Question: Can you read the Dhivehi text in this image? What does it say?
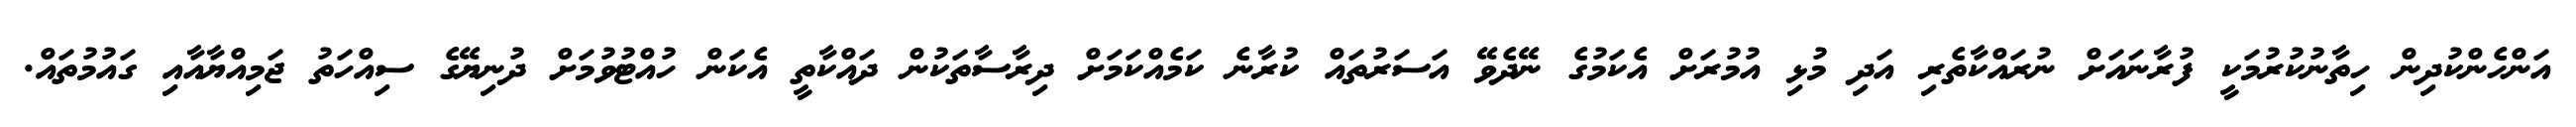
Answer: އަންހެންކުދިން ހިތާނުކުރުމަކީ ފުރާނައަށް ނުރައްކާތެރި އަދި މުޅި އުމުރަށް އެކަމުގެ ނޭދެވޭ އަސަރުތައް ކުރާނެ ކަމެއްކަމަށް ދިރާސާތަކުން ދައްކާތީ އެކަން ހުއްޓުވުމަށް ދުނިޔޭގެ ސިއްހަތު ޖަމިއްޔާއާއި ގައުމުތައް.